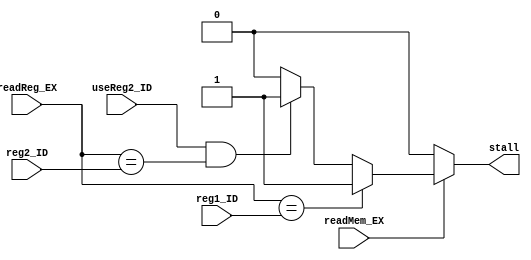
`timescale 1ns / 1ps
//////////////////////////////////////////////////////////////////////////////////
// Company: 
// Engineer: 
// 
// Design Name: 
// Module Name: StallController
// Project Name: 
// Target Devices: 
// Tool Versions: 
// Description: 
// 
// Dependencies: 
// 
// Revision:
// Revision 0.01 - File Created
// Additional Comments:
// 
//////////////////////////////////////////////////////////////////////////////////

// stall condition: 
//      >   when loading a reg from memory, and then reading from that reg on
//          the next instruction, we need to stall the pipeline at decode and fetch.
//          This allows the memData to get into WB stage, and the forwarding unit
//          will then be able to send that back to EX stage where it gets used.
//          Detect this when the read is in EX.
//
//          Realistically, the memory could be made asynchronos (or just negedge of clk)
//          to fix this as well, but I know this works and don't wanna deal with other
//          issues that could bring up.
//
//      >   Doing a cmp, we need to stall long enough for 
module StallController(readMem_EX, readReg_EX, useReg2_ID, reg1_ID, reg2_ID, stall);
    input           readMem_EX,
                    useReg2_ID;
    input   [2:0]   readReg_EX, 
                    reg1_ID, 
                    reg2_ID;
    output reg      stall;
    
    always@(*) begin
        stall = 1'b0;
        if (readMem_EX) begin
            if (readReg_EX == reg1_ID)
                stall = 1'b1;
            else if(useReg2_ID && (readReg_EX == reg2_ID))
                stall = 1'b1;
        end
    end
    
    
    
endmodule